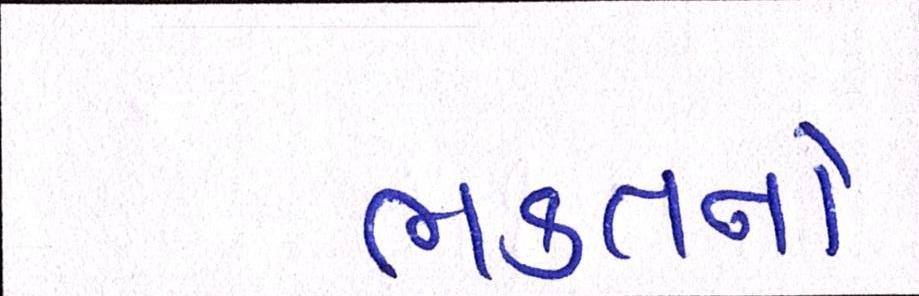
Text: ભક્તનો